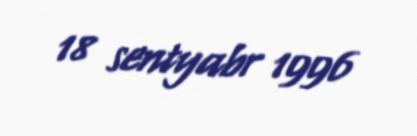
18 sentyabr 1996